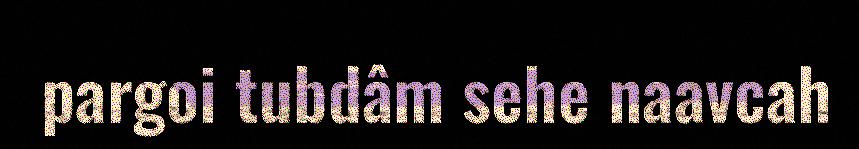
pargoi tubdâm sehe naavcah